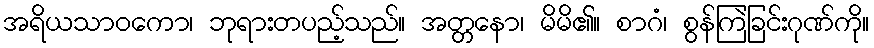
အရိယသာဝကော၊ ဘုရားတပည့်သည်။ အတ္တနော၊ မိမိ၏။ စာဂံ၊ စွန်ကြဲခြင်းဂုဏ်ကို။